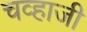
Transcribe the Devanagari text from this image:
चव्हाजी